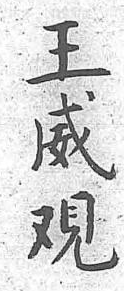
王威覌